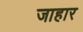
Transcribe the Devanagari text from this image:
जाहार